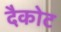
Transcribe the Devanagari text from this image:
दैकोट